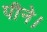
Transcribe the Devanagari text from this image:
पीने।